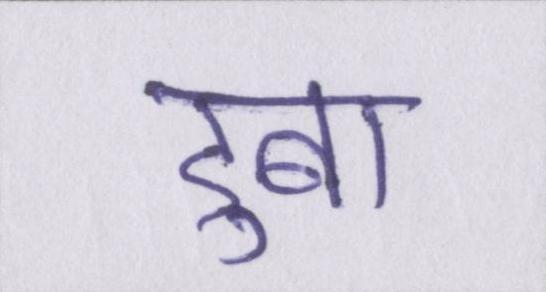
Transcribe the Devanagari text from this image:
डुबा